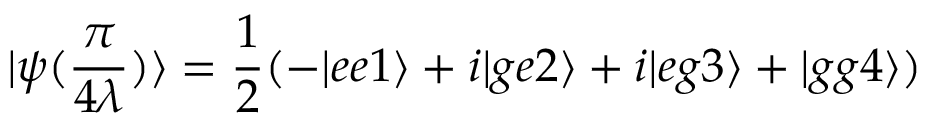
| \psi ( \frac { \pi } { 4 \lambda } ) \rangle = \frac { 1 } { 2 } ( - | e e 1 \rangle + i | g e 2 \rangle + i | e g 3 \rangle + | g g 4 \rangle )